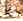
به